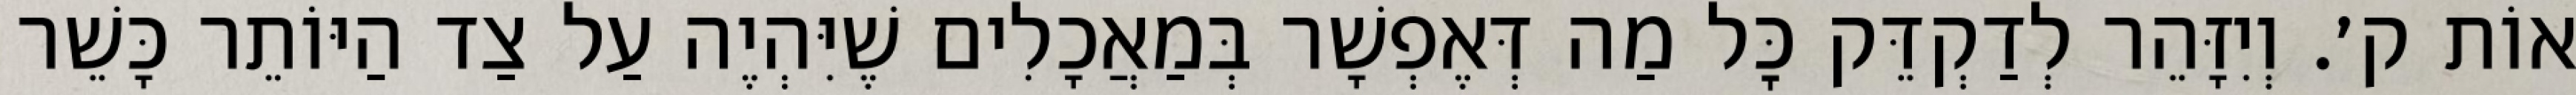
אוֹת ק׳. וְיִזָּהֵר לְדַקְדֵּק כׇּל מַה דְּאֶפְשָׁר בְּמַאֲכָלִים שֶׁיִּהְיֶה עַל צַד הַיּוֹתֵר כָּשֵׁר